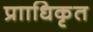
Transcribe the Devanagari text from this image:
प्रााधिकृत